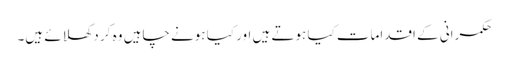
حکمرانی کے اقدامات کیا ہوتے ہیں اور کیا ہونے چاہیں وہ کر دکھلائے ہیں۔